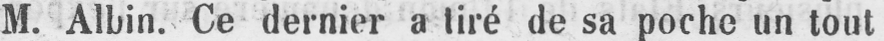
M. Albin. Ce dernier a tiré de sa poche un tout